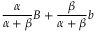
{ \frac { \alpha } { \alpha + \beta } } B + { \frac { \beta } { \alpha + \beta } } b